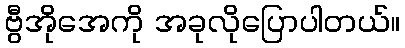
ဗွီအိုအေကို အခုလိုပြောပါတယ်။